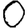
Digit: 0